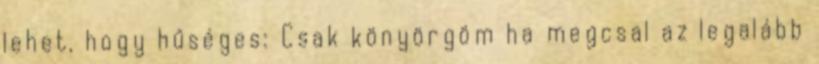
lehet, hogy hűséges: Csak könyörgöm ha megcsal az legalább